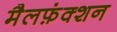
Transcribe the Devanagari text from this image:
मैलफ़ंक्शन